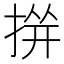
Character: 𱠐